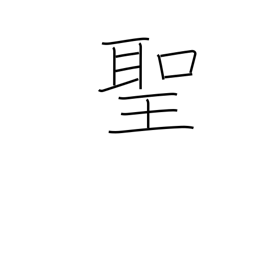
Meaning: priest